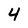
Character: 4